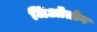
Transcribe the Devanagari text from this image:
जिओतोंग